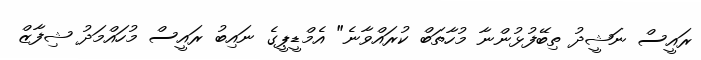
ރައީސް ނަޝީދު ތިބޭފުޅުންނާ މުހާތަބް ކުރައްވާނެ" އެމްޑީޕީގެ ނައިބު ރައީސް މުހައްމަދު ޝިފާޒް